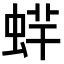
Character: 䖹